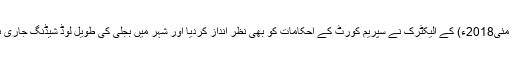
16 مئی2018ء) کے الیکٹرک نے سپریم کورٹ کے احکامات کو بھی نظر انداز کردیا اور شہر میں بجلی کی طویل لوڈ شیڈنگ جاری ہے۔